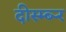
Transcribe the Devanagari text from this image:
दीस्म्ब्र्‍र